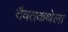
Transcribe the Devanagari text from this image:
दैवतकथेला